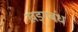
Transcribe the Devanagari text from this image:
ख़ड्गबंध